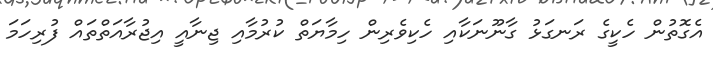
އެގޮތުން ހެކީގެ ރަނގަޅު ގާނޫނަކާއި ހެކިވެރިން ހިމާޔަތް ކުރުމާއި ޖިނާއީ އިޖުރާއަތްތައް ފުރިހަމަ